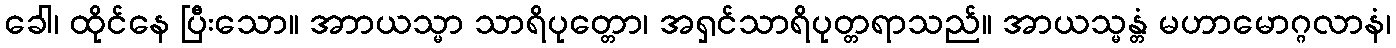
ခေါ၊ ထိုင်နေ ပြီးသော။ အာာယသ္မာ သာရိပုတ္တော၊ အရှင်သာရိပုတ္တရာသည်။ အာယသ္မန္တံ မဟာမောဂ္ဂလာနံ၊